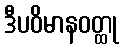
ဒီပဝိမာနဝတ္ထု